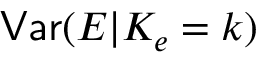
\mathsf { V a r } ( E | K _ { e } = k )